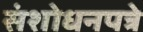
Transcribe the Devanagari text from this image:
संशोधनपत्रे